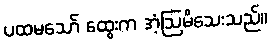
ပထမသော် ထွေးက အံ့ဩမိသေးသည်။